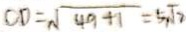
C D = \sqrt { 4 9 + 1 } = 5 \sqrt { 7 }